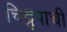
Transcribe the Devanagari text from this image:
चिद्रुपाची